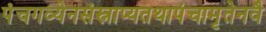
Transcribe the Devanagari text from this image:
पंचगव्येनसंस्नाप्यतथापंचामृतेनवै